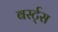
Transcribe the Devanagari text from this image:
बर्स्ट्‌स